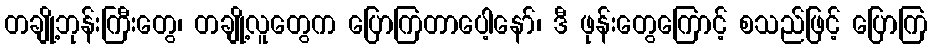
တချို့ဘုန်းကြီးတွေ၊ တချို့လူတွေက ပြောကြတာပေါ့နော်၊ ဒီ ဖုန်းတွေကြောင့် စသည်ဖြင့် ပြောကြ